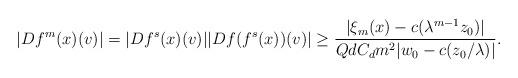
LaTeX: \begin{align*}|Df^{m}(x)(v)|= |Df^{s}(x)(v)||Df(f^s(x))(v)|\geq \frac{|\xi_{m}(x)-c(\lambda^{m-1}z_0)|}{QdC_d m^2 |w_0-c(z_{0}/\lambda)| }.\end{align*}